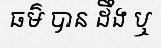
ធម៌ បាន ដឹង ឬ